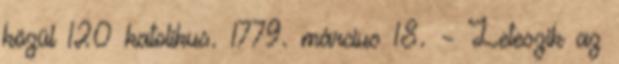
közül 120 katolikus. 1779. március 18. – Leteszik az